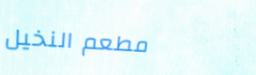
مطعم النخيل